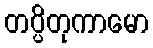
တပ္ပိတုကာမော